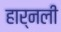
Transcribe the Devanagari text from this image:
हार्नली